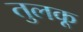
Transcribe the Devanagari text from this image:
तुलकू